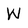
Character: W